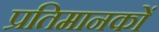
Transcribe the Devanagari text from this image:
प्रतिमानकों